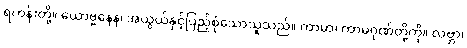
ရဟန်းတို့။ ယောဗ္ဗနေန၊ အယွယ်နှင့်ပြည့်စုံသောသူသည်။ ကာမာ၊ ကာမဂုဏ်တို့ကို။ လဗ္ဘာ၊